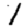
Digit: 1